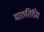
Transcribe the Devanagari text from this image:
मारुतिप्रिय